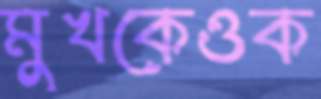
মুখকেওক